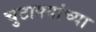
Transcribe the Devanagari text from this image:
चुटाक्यांच्या